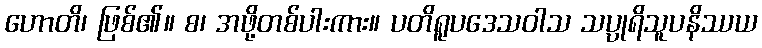
ဟောတိ၊ ဖြစ်၏။ စ၊ အဖို့တစ်ပါးကား။ ပတိရူပဒေသဝါသ သပ္ပုရိသူပနိဿယ